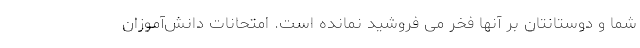
شما و دوستانتان بر آنها فخر می فروشید نمانده است. امتحانات دانش‌آموزان